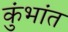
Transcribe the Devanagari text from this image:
कुंभांत